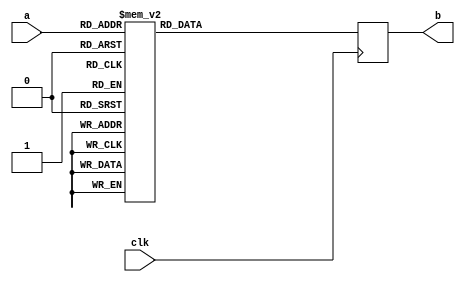
module ecode_2(clk,a,b);
input [3:0] a;
input clk;
output [7:0] b;
reg [7:0] b;

always@(posedge clk)
	begin
		case (a)
			4'b0000: b = 8'b10111111;//1000000; // 0
			4'b0001: b = 8'b10000110;//1111001; // 1
			4'b0010: b = 8'b11011011;//0100100; // 2
			4'b0011: b = 8'b11001111;//0110000; // 3
			4'b0100: b = 8'b11100110;//0011001; // 4
			4'b0101: b = 8'b11101101;//0010010; // 5
			4'b0110: b = 8'b11111101;//0000010; // 6
			4'b0111: b = 8'b10000111;//1111000; // 7
			4'b1000: b = 8'b11111111;//0000000; // 8
			4'b1001: b = 8'b11101111;//0010000; // 9
			default  b = 8'b10111111;//1000000; // 0
		endcase
	end
endmodule